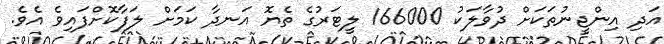
އަދި އިންޖީނުތަކަށް ދުވާލަކު 166000 ލީޓަރުގެ ތެޔޮ އަނދާ ކަމަށް ލަފާކޮށްފައިވެ އެވެ.